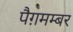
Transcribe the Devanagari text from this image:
पैग़मम्बर